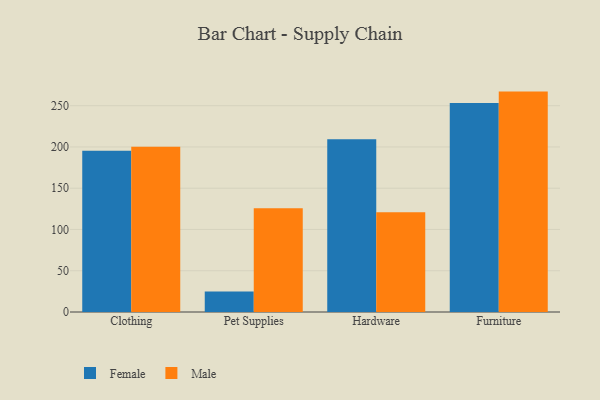
{"axis": {"x": "Category", "y": "Bounce Rate (%)"}, "legend": ["Female", "Male"], "data": [{"x": "Clothing", "y": 195.3, "type": "Female"}, {"x": "Clothing", "y": 200.4, "type": "Male"}, {"x": "Pet Supplies", "y": 24.7, "type": "Female"}, {"x": "Pet Supplies", "y": 125.6, "type": "Male"}, {"x": "Hardware", "y": 209.3, "type": "Female"}, {"x": "Hardware", "y": 121.0, "type": "Male"}, {"x": "Furniture", "y": 253.3, "type": "Female"}, {"x": "Furniture", "y": 267.1, "type": "Male"}]}